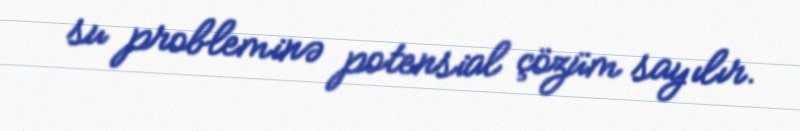
su probleminə potensial çözüm sayılır.